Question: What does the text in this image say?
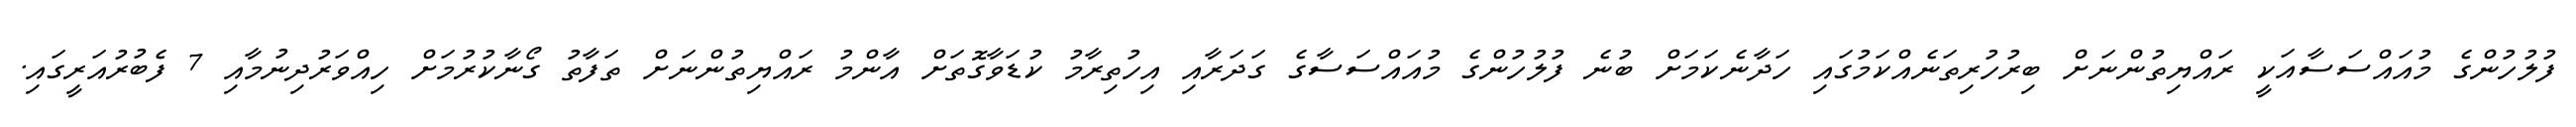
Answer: ފުލުހުންގެ މުއައްސަސާއަކީ ރައްޔިތުންނަށް ބިރުހުރިތަނެއްކަމުގައި ހަދާނެކަމަށް ބުނެ ފުލުހުންގެ މުއައްސަސާގެ ގަދަރާއި އިހުތިރާމު ކުޑަވާގޮތަށް އާންމު ރައްޔިތުންނަށް ތަފާތު ގޯނާކުރުމަށް ހިއްވަރުދިނުމާއި 7 ފެބުރުއަރީގައި.